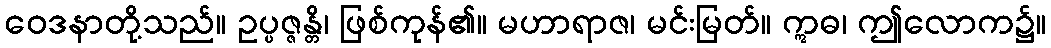
ဝေဒနာတို့သည်။ ဥပ္ပဇ္ဇန္တိ၊ ဖြစ်ကုန်၏။ မဟာရာဇ၊ မင်းမြတ်။ ဣဓ၊ ဤလောက၌။